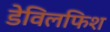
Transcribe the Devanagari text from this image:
डेविलफिश